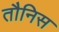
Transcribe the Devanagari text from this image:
तौनिस